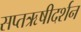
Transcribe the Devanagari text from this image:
सप्तऋषीदर्शन